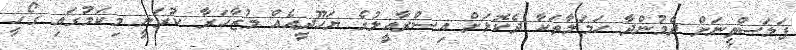
ފަލަސްތީނަށް ދެމުންދާ ހަމަލާތަކާ ދެކޮޅަށް އިސްރާއީލުގެ ޔަހޫދީއެއް މުޒާހަރާ ކުރަނީ މިކަމުގައި ގޯހީ